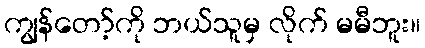
ကျွန်တော့်ကို ဘယ်သူမှ လိုက် မမီဘူး။